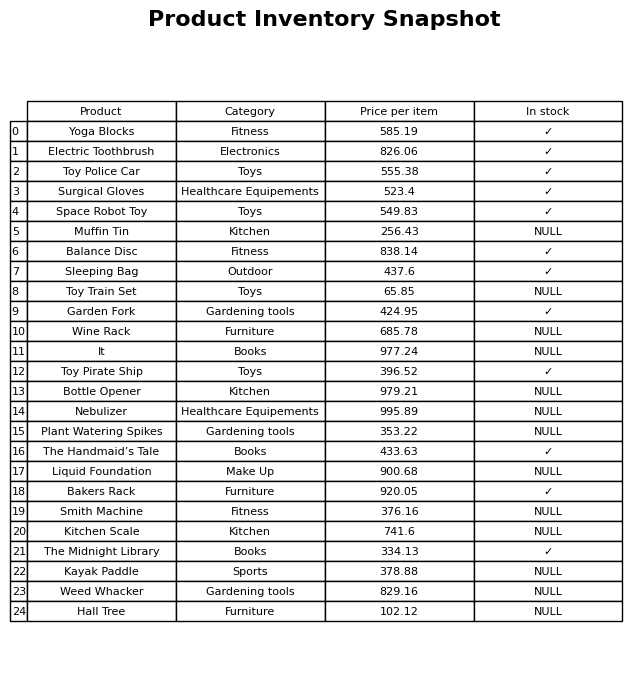
question: What is the price of the Kayak Paddle?
answer: The price of Kayak Paddle is 378.88.